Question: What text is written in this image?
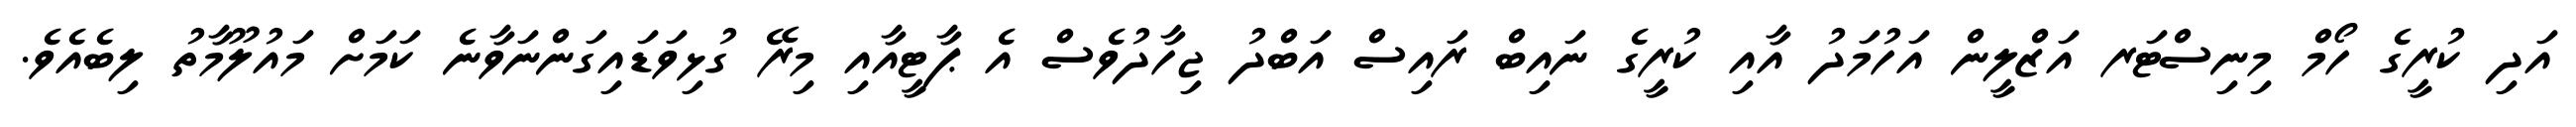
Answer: އަދި ކުރީގެ ހޯމް މިނިސްޓަރ އަޒްލީން އަހުމަދު އާއި ކުރީގެ ނައިބް ރައިސް އަބްދު ޖިހާދުވެސް އެ ޕާޓީއާއި މިރޭ ގުޅިވަޑައިގަންނަވާނެ ކަމަށް މައުލޫމާތު ލިބެއެވެ.